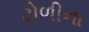
ટોળીના